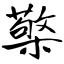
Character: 檠